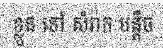
ខ្លួន ទៅ សំរាក បន្តិច